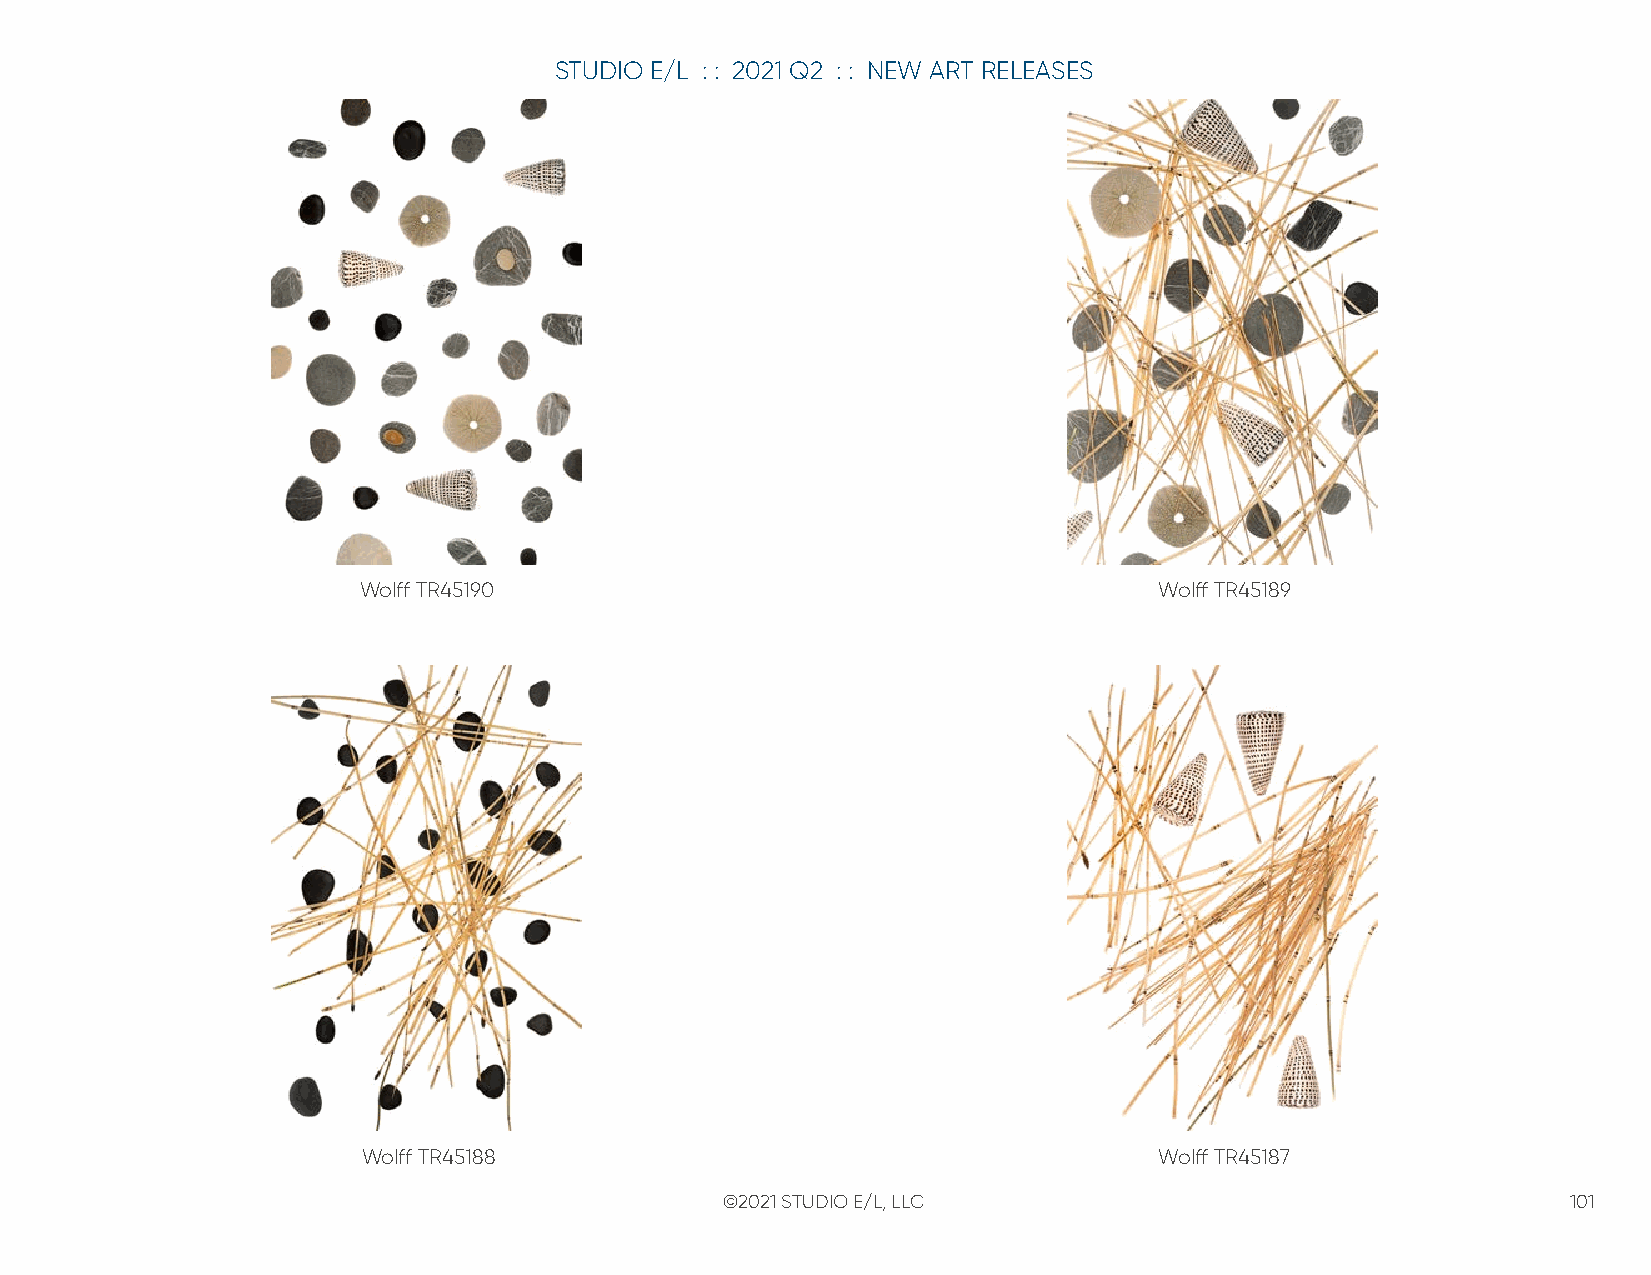
STUDIO E/L : : 2021 Q2 : : NEW ART RELEASES
 Wolff TR45190                                        Wolff TR45189
 Wolff TR45188                                        Wolff TR45187
 ©2021 STUDIO E/L, LLC                                   101